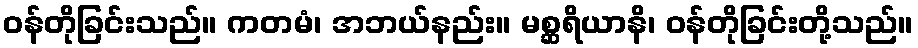
ဝန်တိုခြင်းသည်။ ကတမံ၊ အဘယ်နည်း။ မစ္ဆရိယာနိ၊ ဝန်တိုခြင်းတို့သည်။